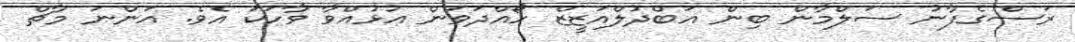
ރަސްގެފާނު ސަލްމާން ބިން އަބްދުލްއަޒީޒް ހޯއްދަވަން އުޅުއްވާ ވާހަކަ އެވެ. އަންނަ މާޗް